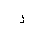
Letter: _zay